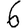
Digit: 6